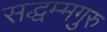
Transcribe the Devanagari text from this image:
सद्धम्मगुरु